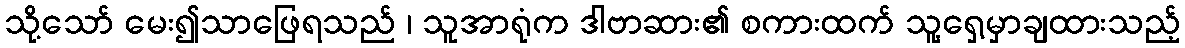
သို့သော် မေး၍သာဖြေရသည် ၊ သူအာရုံက ဒါဗာဆား၏ စကားထက် သူ့ရှေ့မှာချထားသည့်